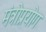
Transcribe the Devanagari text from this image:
मंत्रोप्रयोग